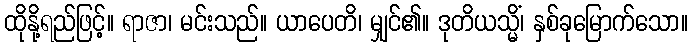
ထိုနို့ရည်ဖြင့်။ ရာဇာ၊ မင်းသည်။ ယာပေတိ၊ မျှင်၏။ ဒုတိယသ္မိံ၊ နှစ်ခုမြောက်သော။